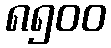
၈၅၀၀